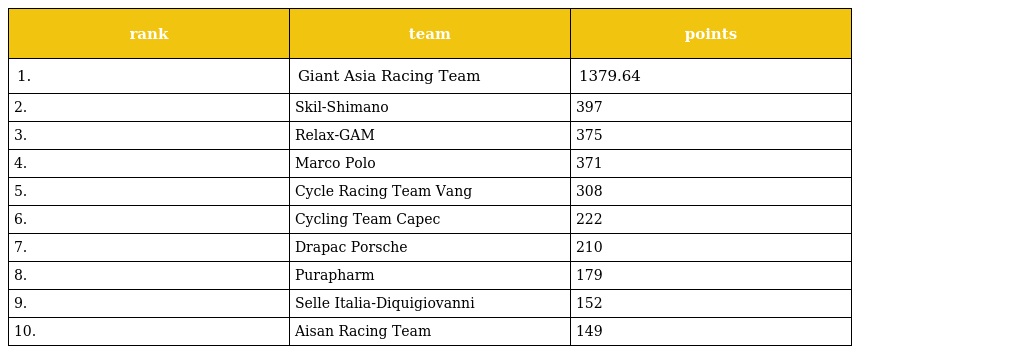
| rank | team | points |
 | --- | --- | --- |
 | 1. | Giant Asia Racing Team | 1379.64 |
 | 2. | Skil-Shimano | 397 |
 | 3. | Relax-GAM | 375 |
 | 4. | Marco Polo | 371 |
 | 5. | Cycle Racing Team Vang | 308 |
 | 6. | Cycling Team Capec | 222 |
 | 7. | Drapac Porsche | 210 |
 | 8. | Purapharm | 179 |
 | 9. | Selle Italia-Diquigiovanni | 152 |
 | 10. | Aisan Racing Team | 149 |